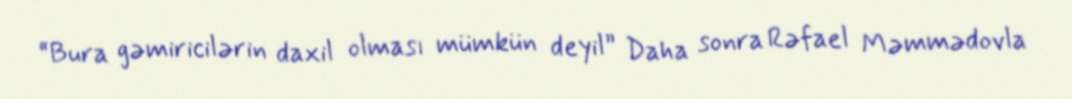
“Bura gəmiricilərin daxil olması mümkün deyil” Daha sonra Rəfael Məmmədovla